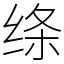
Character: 绦